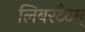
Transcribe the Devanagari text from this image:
लिबरटैटम्